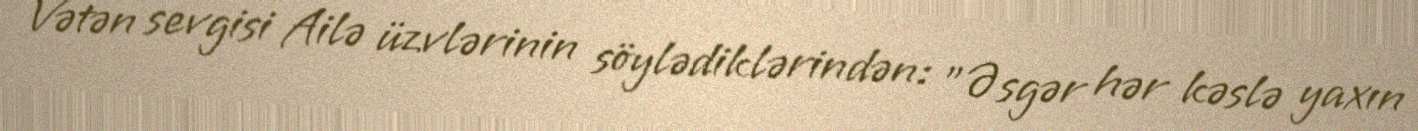
Vətən sevgisi Ailə üzvlərinin söylədiklərindən: "Əsgər hər kəslə yaxın